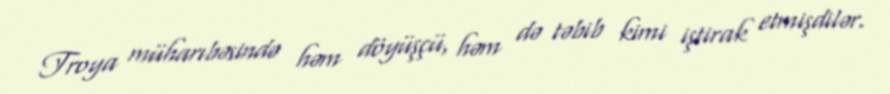
Troya müharıbəsində həm döyüşçü, həm də təbib kimi iştirak etmişdilər.